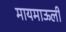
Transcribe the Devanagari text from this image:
मायमाऊली